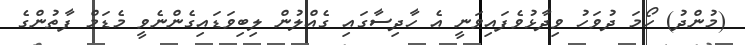
(މުންދު) ހޯމަ ދުވަހު ވިދާޅުވެފައިވަނީ އެ ހާދިސާގައި ގެއްލުން ލިބިވަޑައިގެންނެވީ މެޑަމް ފާތުންގެ